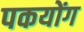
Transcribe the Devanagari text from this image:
पकयोंग